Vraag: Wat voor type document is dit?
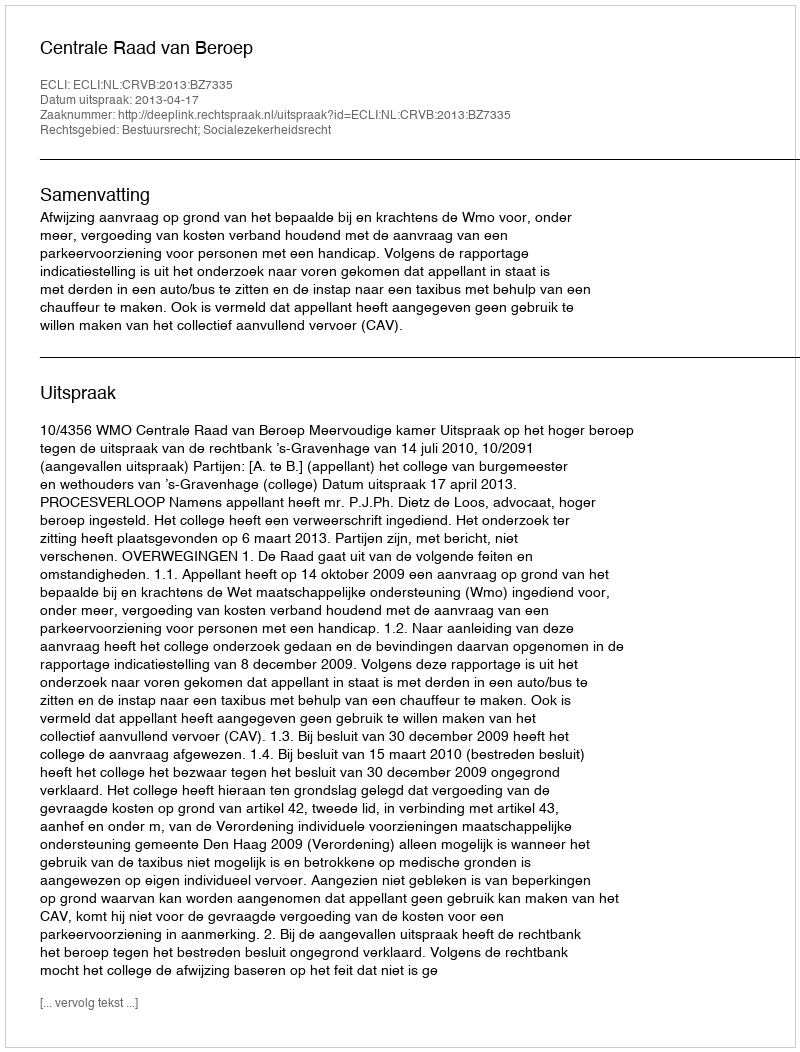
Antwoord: Uitspraak